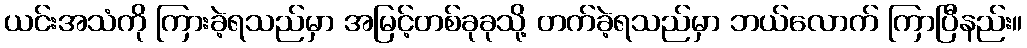
ယင်းအသံကို ကြားခဲ့ရသည်မှာ အမြင့်တစ်ခုခုသို့ တက်ခဲ့ရသည်မှာ ဘယ်လောက် ကြာပြီနည်း။